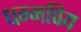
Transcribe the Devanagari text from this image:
धम्मपिय